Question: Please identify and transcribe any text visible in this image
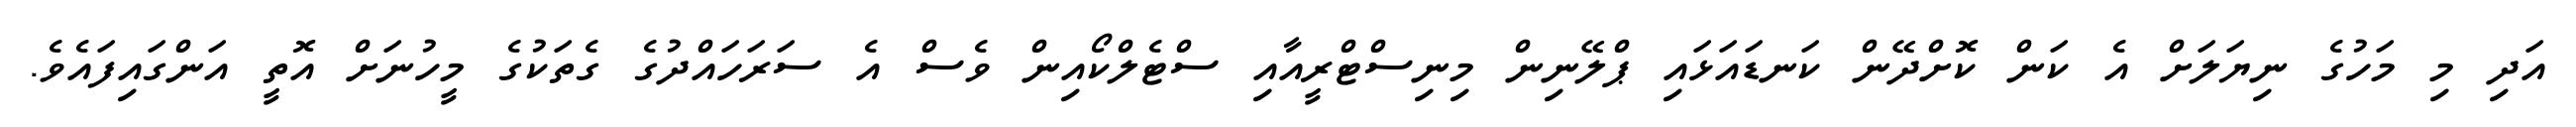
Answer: އަދި މި މަހުގެ ނިޔަލަށް އެ ކަން ކޮށްދޭން ކަނޑައަޅައި ޕްލޭނިން މިނިސްޓްރީއާއި ސްޓެލްކޯއިން ވެސް އެ ސަރަހައްދުގެ ގެތަކުގެ މީހުނަށް އޮތީ އަންގައިފައެވެ.